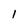
Character: 1